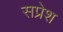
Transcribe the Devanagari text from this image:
सप्रेश